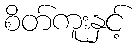
စိတ်ကူးနှင့်